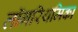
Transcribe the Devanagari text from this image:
लॉगरिथमिका